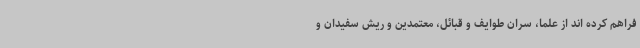
فراهم کرده اند از علما، سران طوایف و قبائل، معتمدین و ریش سفیدان و